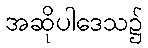
အဆိုပါဒေသ၌